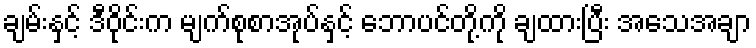
ချမ်းနှင့် ဒီဝိုင်းက မျက်စုစာအုပ်နှင့် ဘောပင်တို့ကို ချထားပြီး အသေအချာ